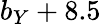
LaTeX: b_{Y}+8.5